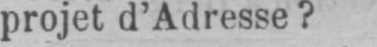
projet d’Adresse?